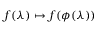
f ( \lambda ) \mapsto f ( \phi ( \lambda ) )